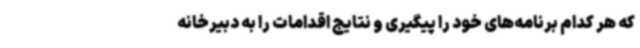
که هر کدام برنامه‌های خود را پیگیری و نتایج اقدامات را به دبیرخانه